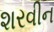
શરવીન